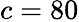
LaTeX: c=80